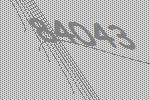
84043